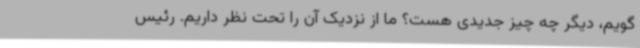
‌گویم، دیگر چه چیز جدیدی هست؟ ما از نزدیک آن را تحت نظر داریم. رئیس